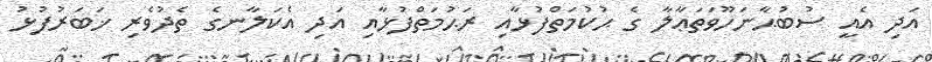
އަދި އެއީ ސުބުޙާނަހޫވަތަޢާލާ ގެ ޙުކުމަތްފުޅާއި ރަޙުމަތްފުޅާއި އަދި އެކަލާނގެ ތެދުވެރި ޚަބަރުފުޅު